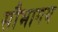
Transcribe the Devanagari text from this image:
सौभागय